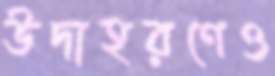
উদাহরণেও